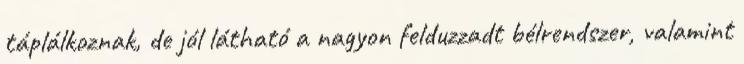
táplálkoznak, de jól látható a nagyon felduzzadt bélrendszer, valamint